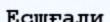
Есшғали